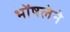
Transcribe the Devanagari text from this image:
भोंषलेने